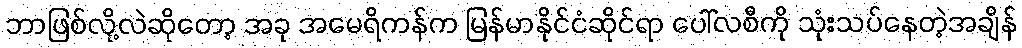
ဘာဖြစ်လို့လဲဆိုတော့ အခု အမေရိကန်က မြန်မာနိုင်ငံဆိုင်ရာ ပေါ်လစီကို သုံးသပ်နေတဲ့အချိန်